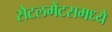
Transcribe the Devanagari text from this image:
सेटलमेंटसमध्ये